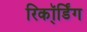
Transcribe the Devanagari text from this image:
रिकॉ्र्डिंग